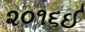
૨૦૧૬ઈ